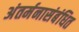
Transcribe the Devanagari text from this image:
अंतर्मनासंबंधित